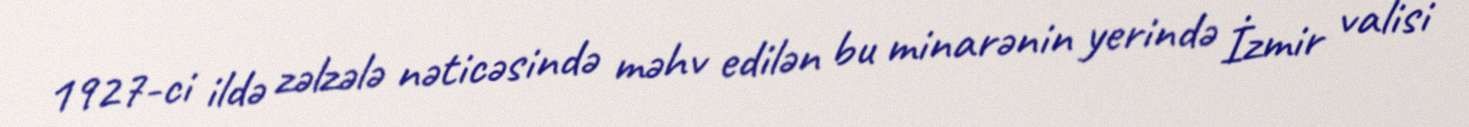
1927-ci ildə zəlzələ nəticəsində məhv edilən bu minarənin yerində İzmir valisi